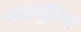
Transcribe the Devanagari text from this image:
बज्रमुरिया